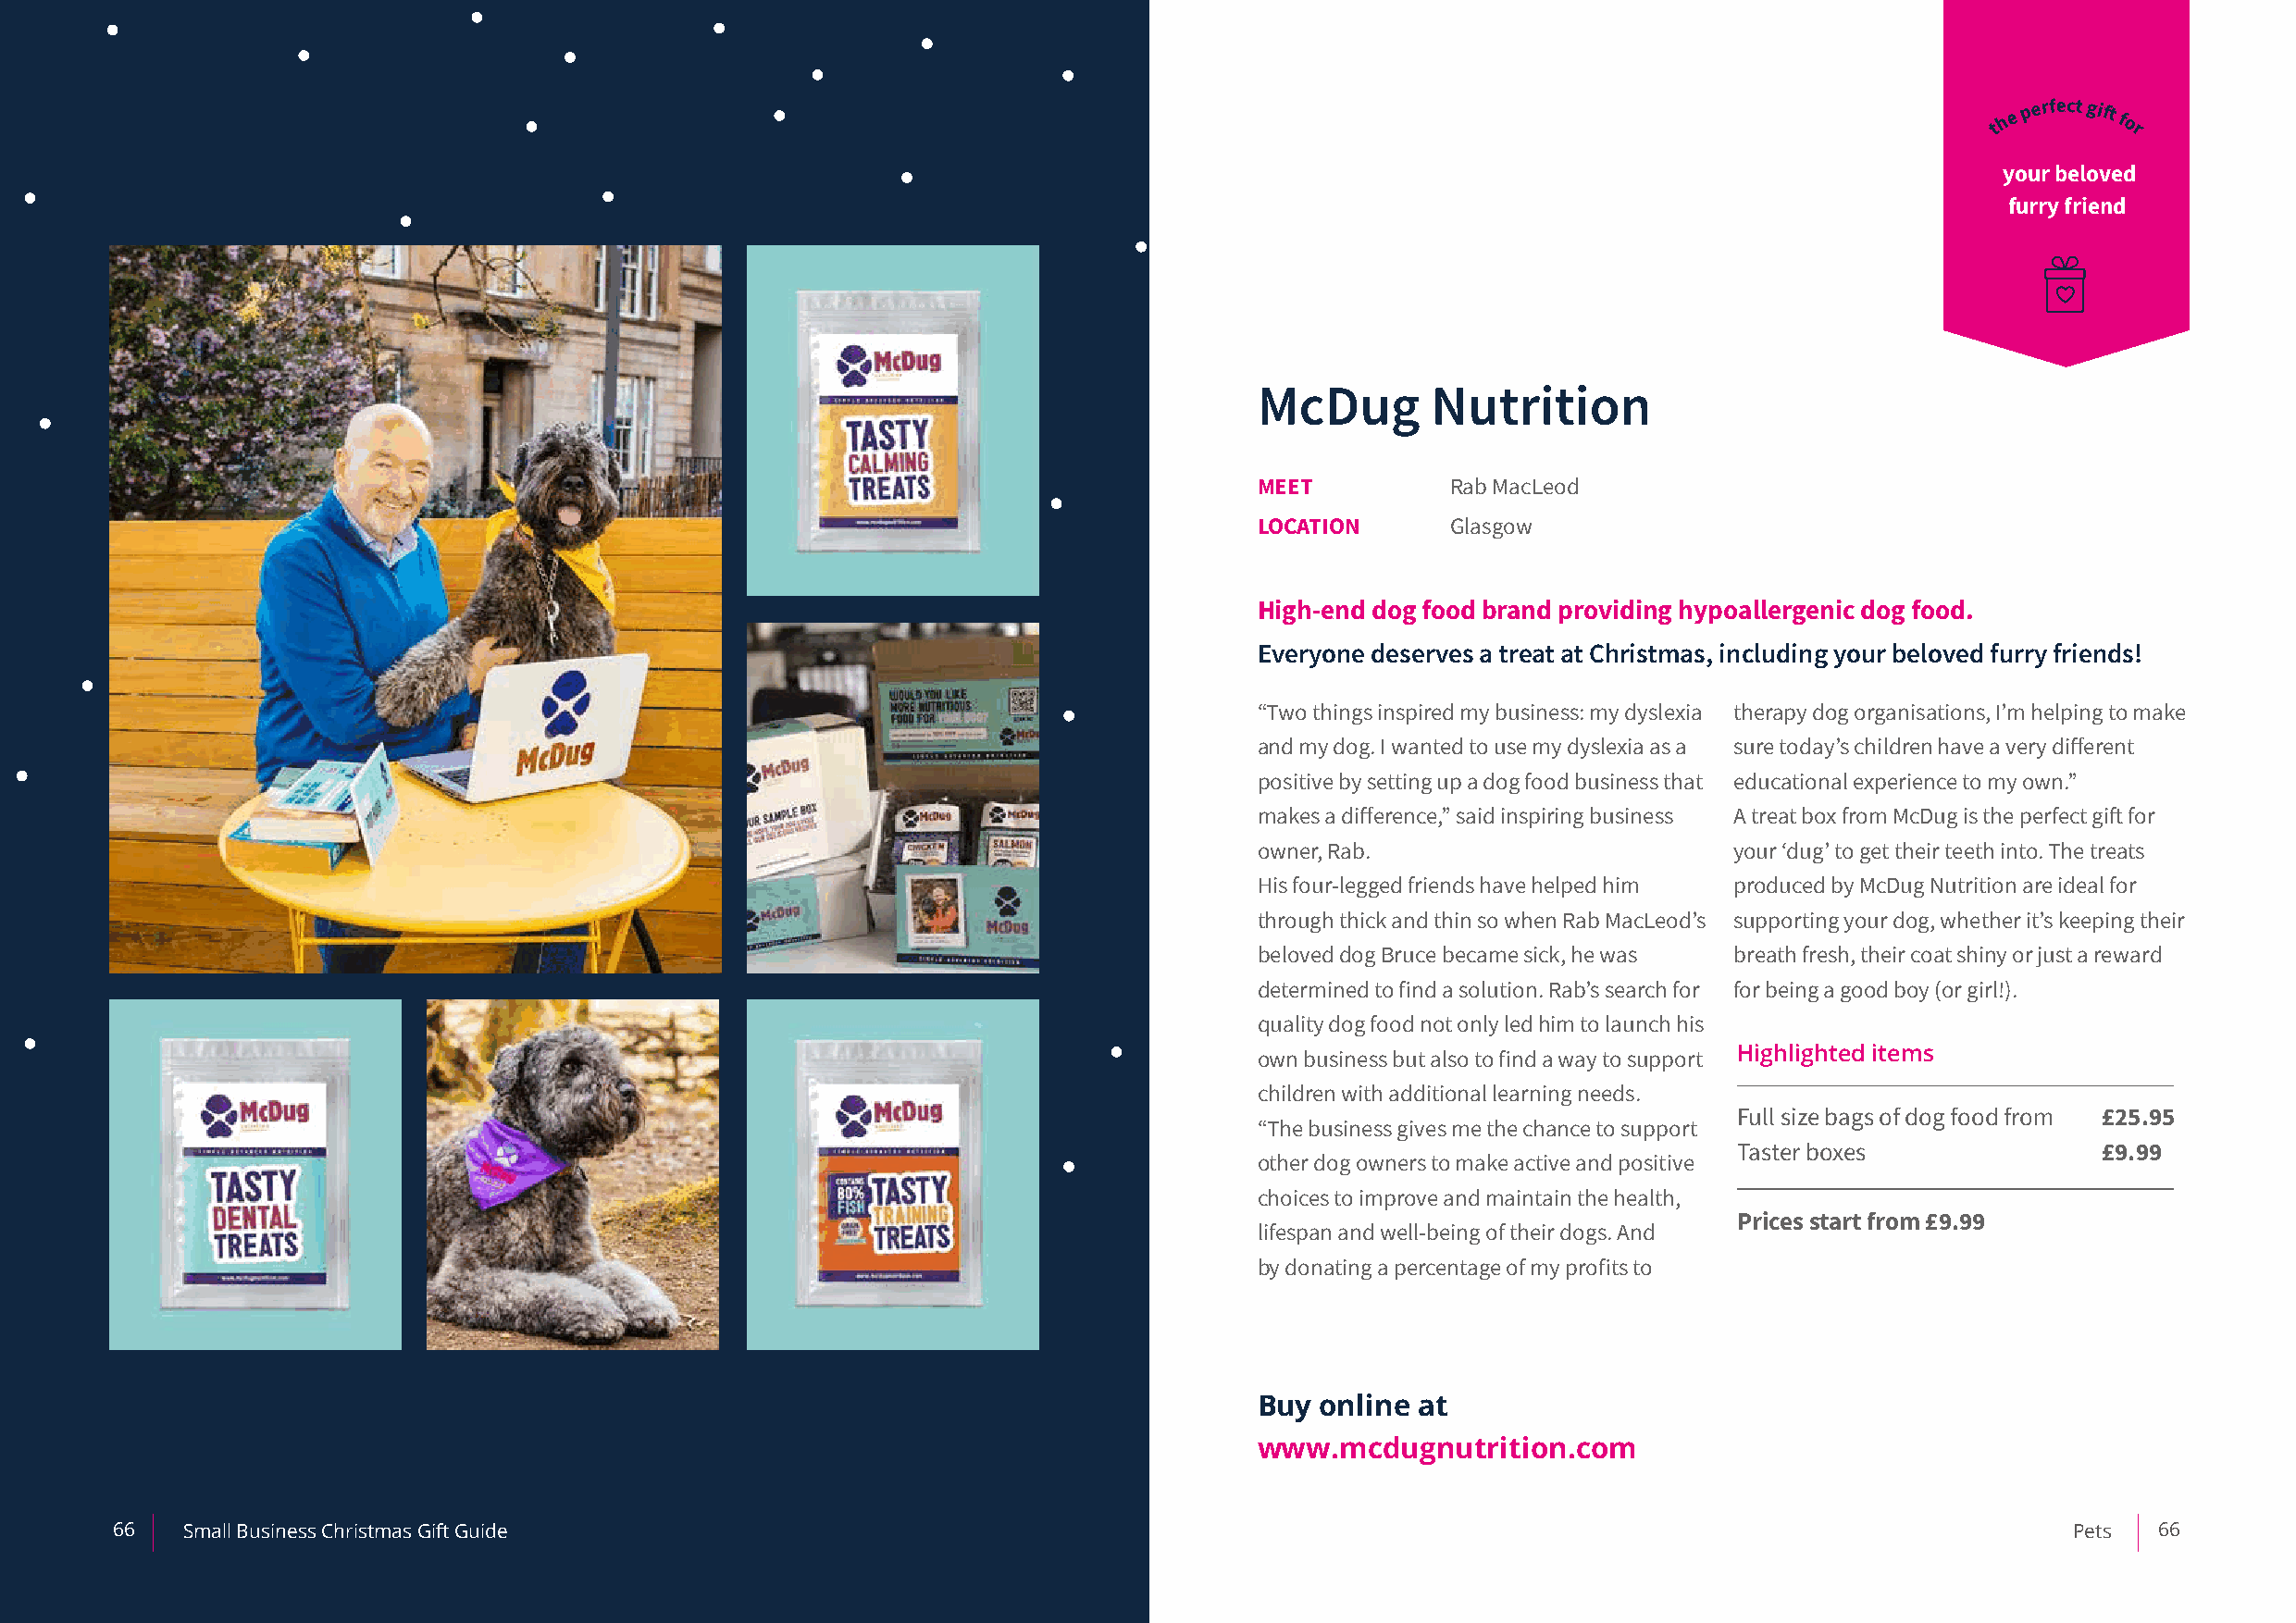
th e p erfect gift for
 your beloved
 furry friend
 McDug       Nutrition
 MEET          Rab MacLeod
 LOCATION      Glasgow
 High-end dog food brand providing hypoallergenic dog food.
 Everyone deserves a treat at Christmas, including your beloved furry friends!
 “Two things inspired my business: my dyslexia therapy dog organisations, I’m helping to make
 and my dog. I wanted to use my dyslexia as a sure today’s children have a very different
 positive by setting up a dog food business that educational experience to my own.”
 makes a difference,” said inspiring business A treat box from McDug is the perfect gift for
 owner, Rab.                       your ‘dug’ to get their teeth into. The treats
 His four-legged friends have helped him produced by McDug Nutrition are ideal for
 through thick and thin so when Rab MacLeod’s supporting your dog, whether it’s keeping their
 beloved dog Bruce became sick, he was breath fresh, their coat shiny or just a reward
 determined to find a solution. Rab’s search for for being a good boy (or girl!).
 quality dog food not only led him to launch his
 own business but also to find a way to support Highlighted items
 children with additional learning needs.
 Full size bags of dog food from £25.95
 “The business gives me the chance to support
 Taster boxes              £9.99
 other dog owners to make active and positive
 choices to improve and maintain the health,
 Prices start from £9.99
 lifespan and well-being of their dogs. And
 by donating a percentage of my profits to
 Buy online at
 www.mcdugnutrition.com
 66   Small Business Christmas Gift Guide                                                                                                    Pets  66